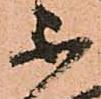
不